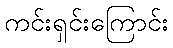
ကင်းရှင်းကြောင်း